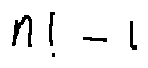
n ! - 1